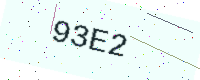
Text: 93E2